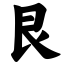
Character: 艮